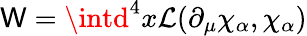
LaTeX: \mathsf{W}=\intd^{4}x{\cal{L}}(\partial_{\mu}\chi_{\alpha},\chi_{\alpha})